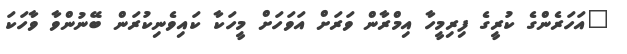
"އަހަރެންގެ ކުރީގެ ފިރިމީހާ އިމްރާން ވަރަށް އަވަހަށް މީހަކާ ކައިވެނިކުރަން ބޭނުންވާ ވާހަކަ